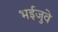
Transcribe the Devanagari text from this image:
भईजुवे